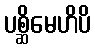
ပစ္ဆိမေဟိပိ